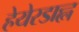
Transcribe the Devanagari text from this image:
हेयेरडाह्ल